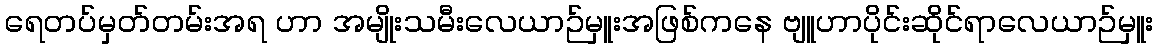
ရေတပ်မှတ်တမ်းအရ ဟာ အမျိုးသမီးလေယာဉ်မှူးအဖြစ်ကနေ ဗျူဟာပိုင်းဆိုင်ရာလေယာဉ်မှူး